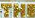
THE